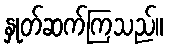
နှုတ်ဆက်ကြသည်။